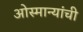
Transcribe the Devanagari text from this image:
ओस्मान्यांची